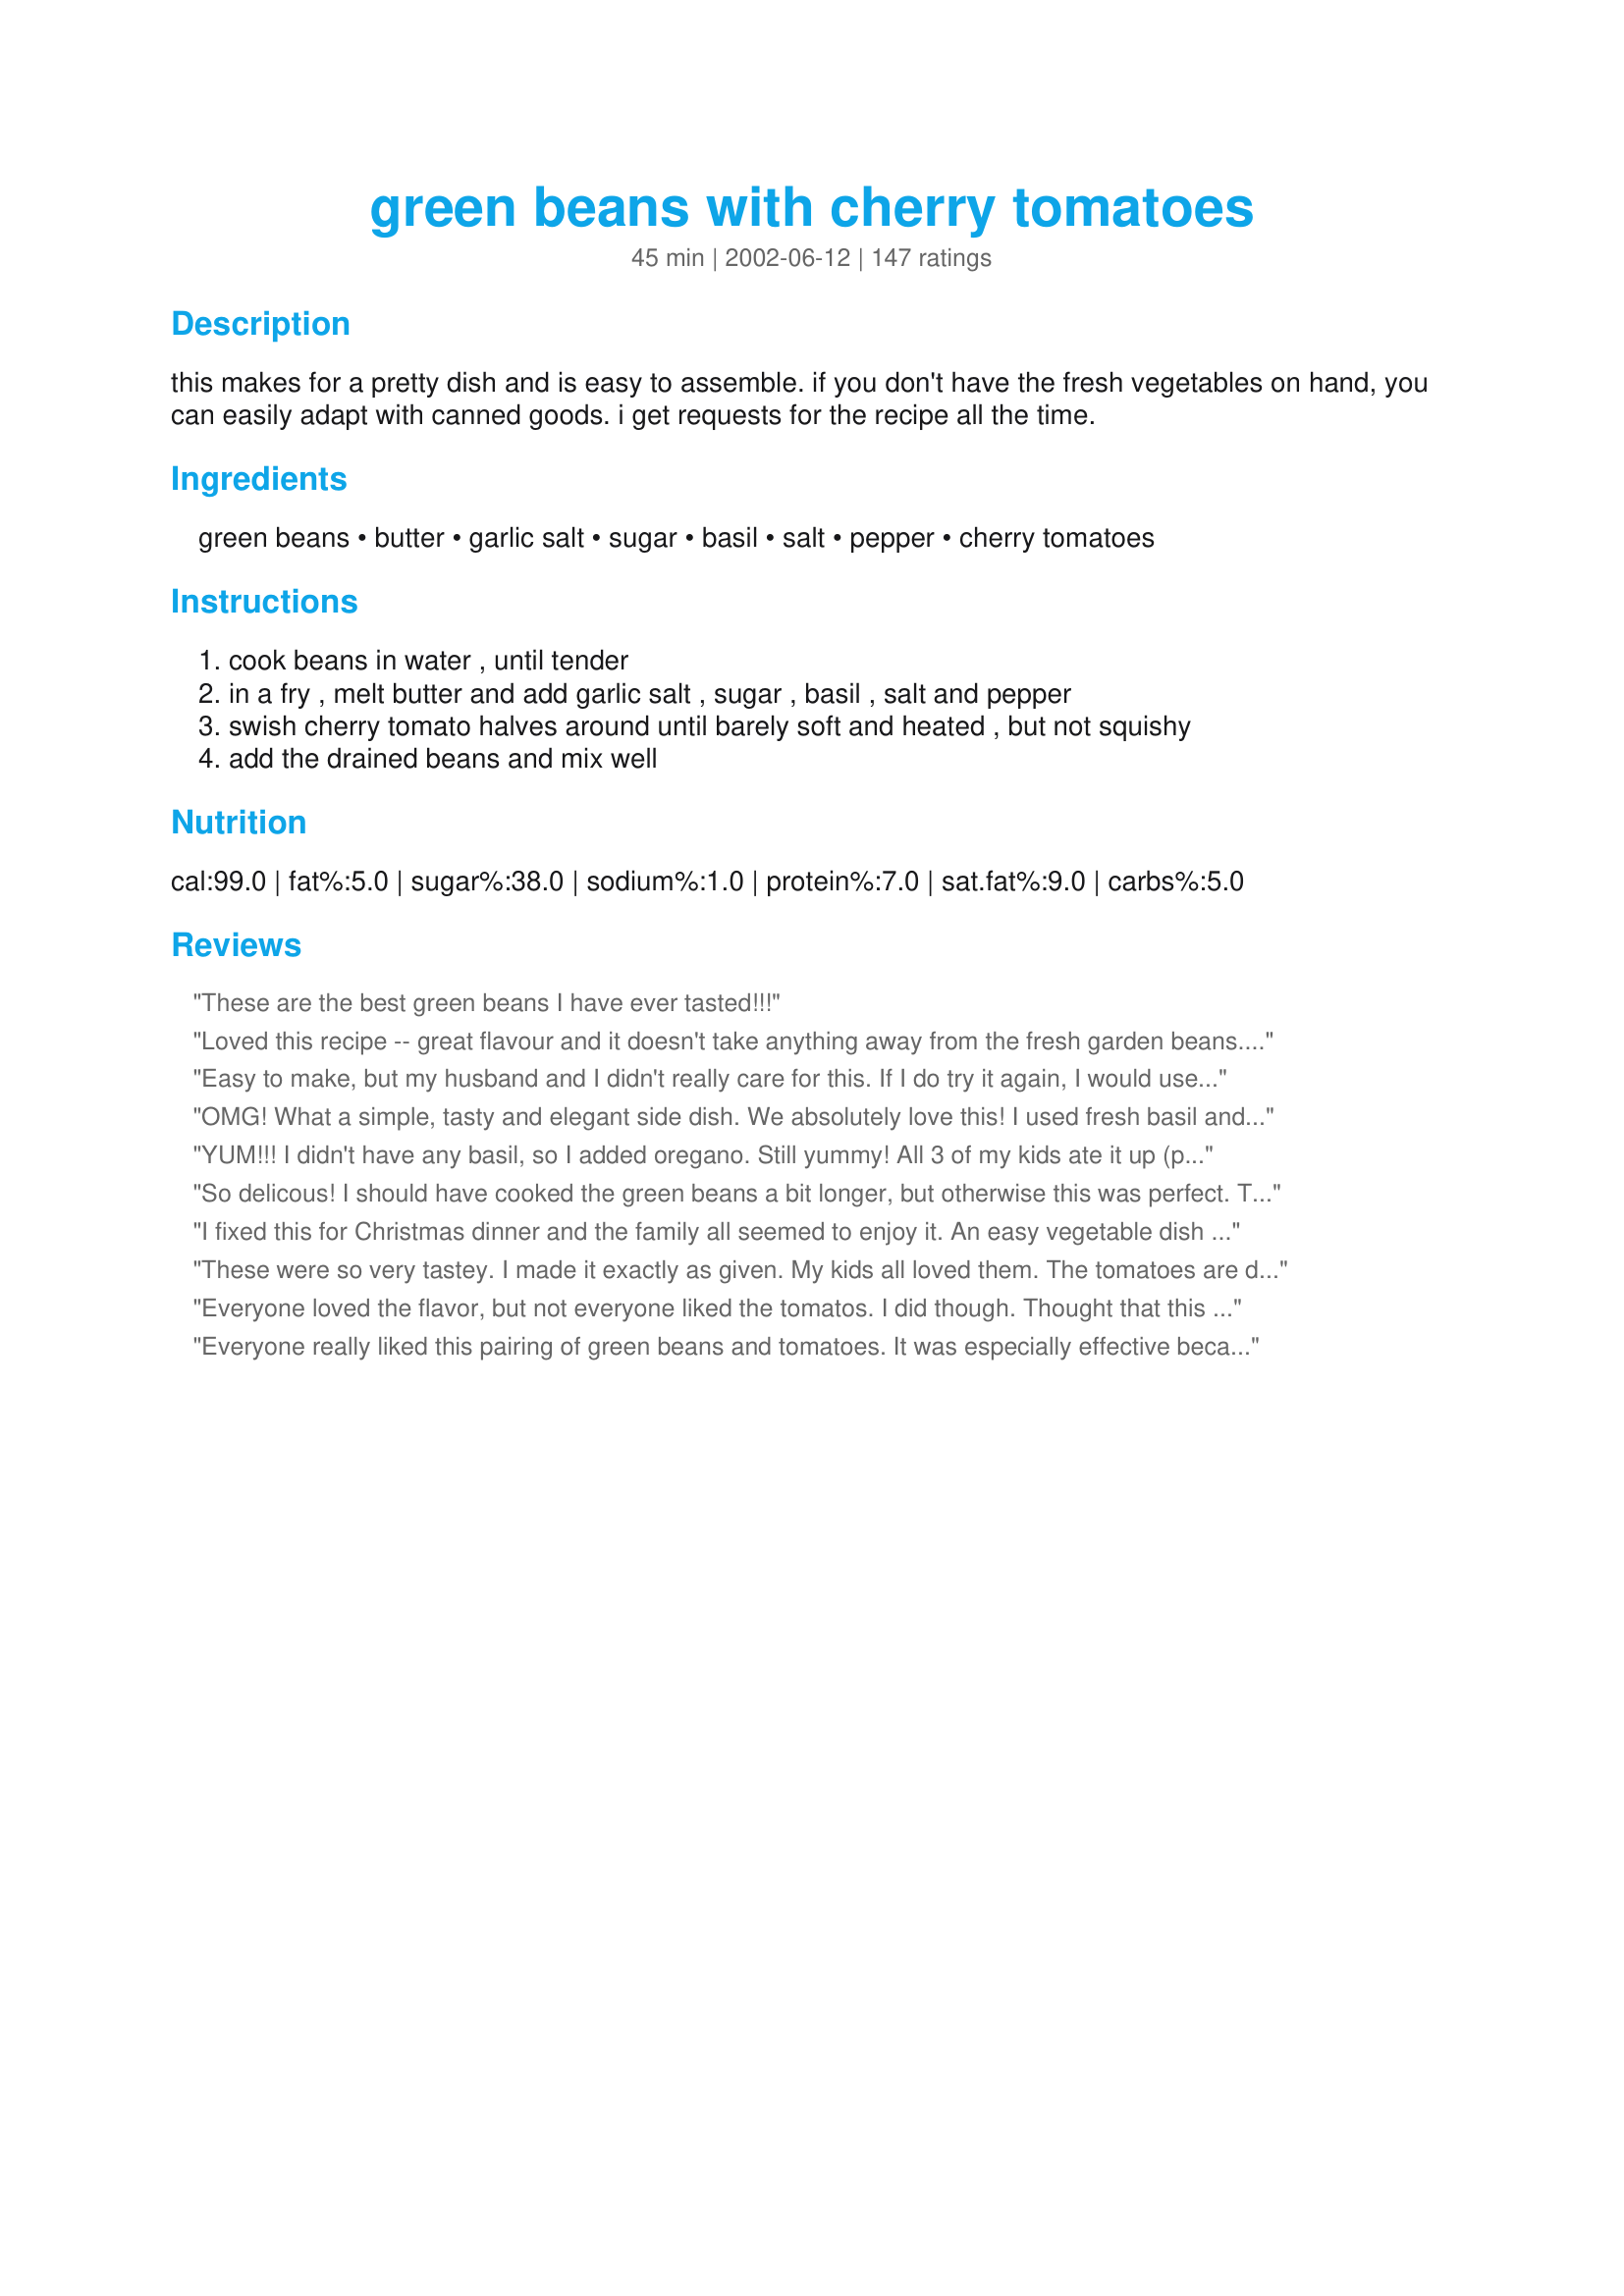
green beans with cherry tomatoes
Preparation time: 45 minutes

this makes for a pretty dish and is easy to assemble. if you don't have the fresh vegetables on hand, you can easily adapt with canned goods. i get requests for the recipe all the time.

Ingredients:
green beans, butter, garlic salt, sugar, basil, salt, pepper, cherry tomatoes

Steps:
cook beans in water , until tender, in a fry , melt butter and add garlic salt , sugar , basil , salt and pepper, swish cherry tomato halves around until barely soft and heated , but not squishy, add the drained beans and mix well

Reviews:
These are the best green beans I have ever tasted!!!
Loved this recipe -- great flavour and it doesn't take anything away from the fresh garden beans. Will be repeating this one often.
Easy to make, but my husband and I didn't really care for this. If I do try it again, I would use garlic powder instead of garlic salt for a little more garlic flavor since you add salt to taste anyway. Thanks.
OMG! What a simple, tasty and elegant side dish. We absolutely love this! I used fresh basil and minced garlic. I'll be making this often.
YUM!!! I didn't have any basil, so I added oregano. Still yummy! All 3 of my kids ate it up (probably because of the bit of sweetness)! Thanks so much.
So delicous! I should have cooked the green beans a bit longer, but otherwise this was perfect. The seasonings are perfect, and they mesh well with the green beans and the tomatoes. Great recipe, thank you for posting!
I fixed this for Christmas dinner and the family all seemed to enjoy it. An easy vegetable dish to prepare. I will use a little less sugar next time as I thought it was a little too sweet.
These were so very tastey. I made it exactly as given. My kids all loved them. The tomatoes are definately eye appealing but the kids don't like them in it. The seasoning are unique and so easy to throw together. Thanks for the great recipe.
Everyone loved the flavor, but not everyone liked the tomatos. I did though. Thought that this recipe was great. I will make it again with tomatos for me and without for everyone else.
Everyone really liked this pairing of green beans and tomatoes. It was especially effective because I made this in December--everyone thought it was festive even though I had not thought about that when choosing the recipe!
Easy based on stuff in freezer/cupboards, and we both liked it. Next step: reducing butter and sugar if possible.
I just made these for dinner tonight with the last of the fresh green beans and sherry tomatoes i will probably see in Minnesota this season. A perfect blend of savory and slightly sweet and could it be any more simple to make I steamed the beans rather than boiling them and they were done to perfection. Even my sister who swore off tomatoes when she was 2 thought these were a hit. A definate repeat in our house. I served them with a chicken casserole and fruit salad. A simple but wonderful meal.
This was a great recipe. If you use grape tomatoes instead of cherry I suggest cutting the sugar in half; it will be way to sweet otherwise.
OMG,this is the best recipe for green beans. Thank you so much. I don't usually give 5 star reviews,this recipe is superb, delicious,I didn't need to change a thing. I now love green beans and can't wait to make it again.
I make this frequently. I use fresh or frozen green beans and have subbed diced and seeded roma tomatoes for the cherry tomatoes. Everyone loves it. Plus, it is an excellent way to get that variety of color (that the drs recommend) into your diet. Yum!
Used 1/2tsp sugar and olive oil rather than butter on this delicious dish of fresh vegetables. Very attractive.
Seriously,
This is spectacular. I was looking for an easy side to serve several nationalities and children, and this was a hit.
Very good recipe.
Thank you.
Super easy and fast! Very tasty. My daughter said it was like eating at a fancy restaurant! This one's a keeper - thanks!
Great recipe! I made this for a dinner party and again for Christmas--the colours are perfect!

Easy to make, you just need to undercook the tomatoes, and I cut back on the sugar (1/2 teaspoon is plenty in my opinion). I used fresh garlic--two small cloves, but you could also use pesto in place of the garlic, basil and salt.
I made this over the holiday. It&#039;s delicious and simple enough for everyday! I used all fresh ingredients and will be switching out butter for a vegan friendly option going forward. Loved it!
This dish is delicious. I used a combination of fresh and canned green beans. Everyone enjoyed this, inlcuding one very picky eater. Served it with fresh tuna steaks. Thanks, Merlot!
I've made this twice now - once using canned stewed tomatoes, and once using fresh cherry tomatoes. Both variations turned out great, but we actually liked the canned tomatoes best. They created more of a sauce, and were a bit more sweet. Delicious either way, and a new staple at our house!
A very pretty side dish, and tasty though we did find it a bit on the sweet side. Next time I'll cut back on the sugar and definitely use real garlic as opposed to garlic salt. Thanks for posting !
Made this on Wed. and it was GREAT my son loved the tomatoes and ate some of the beans (all of which were fresh picked). He says the beans were ok, but that's pretty high praise from Sam.
Wonderful eye appealing tasty recipe. I cooked the beans aladente placed them in an oven proof dish cut the tomatoes in half, placed them with the beans - dotted with butter, used roasted garlic, dry basil and 30 minutes before serving popped them in a 350F oven - perfect, renjoyedvery much Thanks Merlot this is a do again for Company recipe err and just for us too
This wasn't bad. The taste was pretty sugary, which is good. With dinner, maybe a little too sugary. I would probably make this for a picnic not dinner again. 
One recommendation: put the green beans in sooner than later. I waited for the tomatoes to get soft, but after I added the beans and let them heat up, some tomatoes got destroyed.
I found these really really good, due to a no salt diet in one guest, i used garlic powder instead of salt and i had to substitute thyme for basil
This is a wonderful recipe! It's so easy to prepare and the finished product is so pretty. The flavors blend nicely and nothing is overpowering. Other than the facts that I used frozen french cut beans and Roma tomatoes, I followed the recipe. I think that I'll take this for my lunch tomorrow. :) Thank you for this recipe! (I wish that I had seen this recipe before Christmas - it would have looked nice on the table!).
This was fantastic! And its so simple I&#039;m almost embarrassed that I needed a recipe to do it. My family has never polished off a dish of green beans like that.
Delicious........love this recipe..best green beans I ever had !!!!!!!!
Very, very good. I used agave instead of sugar and it was still yummy.
you deffantly dont need 45 min this will b done in @ 15 with all garden fresh food
Wow, this a great dish!!! I couldn't believe how simple it was to make and how delicious it was to eat!!! I will be using this recipe for years to come.
This was delicious! Didn&#039;t change a thing!
Wow - these were great!!! and such a gorgeous presentation. Green beans have never been my favorite, but sure will be making these again. I used frozen â€œvery fineâ€� green beans and grape tomatoes (looked so much better than the cherry tomatoes in the store) and half the sugar and even the ones who donâ€™t like green beans had seconds. Canâ€™t wait to use fresh from the garden this summer. Thanks so much for a great go to veggie recipe.
I only used a small bit of butter and barely any salt. It was still good.
What a suprise. I loved this. The guys didn't care for it , but then they aren't big on veggie dishes.
Awesome green beans and so easy to make if using canned beans. I used a 28 ounce can of cut green beans and we loved them. Perfect seasoning that tastes great plus smells very good! Thinking of making these for the holidays instead of our stand by of green bean casserole. Made and reviewed for Kittencal's <br/>TOMATO-LICIOUS IS HERE !!! September's Photo Event
Super easy to prepare and delicious! I steam fresh green beans in the microwave (~ 4 minutes, until crisp tender) then add to the fry pan. Great combination of ingredients and the contrasting red/green colors are what make this side dish stand out. Thanks Merlot!!
I was surprised I liked this so much! Just the right amount of sweetness and garlic. I used garlic powder instead of salt and roma tomatoes. I used from the garden canned green beans. Fabulous! Thanks so much for a recipe I will make many times!
Friends had us over for dinner and prepared this recipe, and it was delicious!!! I'll be making it myself for sure. Thanks, Merlot!
I love the color of this dish. My kids didn't like the sweetness of it, but my husband has already requested that I make it again. Thanks very much.
We really enjoyed this dish. I did have the fresh green beans but no cherry tomatoes. I took your advice Chef Merlot and used a can of stewed tomatoes which I drained first before adding to the skillet. Thank you. This recipe is definitely a keeper.
I tried rating this earlier, but I do not think that it worked. I'll try again. I made this to accompany our wedding anniversary dinner and we loved it. I followed it exactly and will not change a thing in the future. I loved the presentation of this dish, it was a special occasion after all and I wanted the food to taste great and look pretty. Thanks Merlot for another keeper!
Great recipe. I used olive oil instead of butter and frozen green beans instead of fresh. I didn't have any fresh. The whole family enjoyed the beans. Will try fresh basil from my garden this summer.
I liked this side dish - it was different a fun way to combine green beans and tomatoes. Instead of using garlic salt, I used a homemade garlic/salt/pepper combo and fresh basil instead of dried. I might cut back the sugar just a tiny bit but it was good with the full amount too.
Absolutely awesome. Really delicious. I left out the sugar as it seems a few people did from these posts and added sliced white onion. After frying I topped the dish with Crazins for a bitter sweet taste which added color and variety. Two thumbs up. -photo included-
This was simply DELICIOUS!!! I did not have fresh basil so used dry, but I know using fresh will add extra flavor. I also added sliced portobella mushrooms.
This was fabulous. The flavors blended so well together. I used fresh beans, fresh basil & fresh tomatoes. I found it to be almost sinful that something so healthy could be so good!!!! DH whoofed alot down, which makes me feel very happy, because he's very bad about eating his vegs. Thanks Merlot for this tasty side dish.
Quick, easy and a new go to side for my future dinners. In the summer when beans and tomatoes are in season, and fresh basil is abundant, this is going to be sooooo gooood!!! Thanks for sharing.
This was a really great side dish for us tonight. My husband wanted more and was highly disappointed when I told him that there wasn't anymore. I think this would be fabulous with an Italian meal. I paired it with Picnic Chicken and Suddenly salad and it was delicious. Thank you Merlot!
Add me to the long list of people who love this recipe! Very easy to put together, and quick to the table. I did use canned veggies, but, sure didn't hurt anything. Served it with Baked Chicken Breasts and baked taters, and it made a really nice dinner.
Thanks for sharing a great side, Merlot...We enjoyed very much!
Laudee
I had some beans I got from the farmer&#039;s market that I needed to use up. I used a little extra butter and garlic because I had more beans than called for. I also used a natural sugar substitute. They were great. Even my picky DD said &quot;You need to save this recipe!&quot; Served with Grilled Chicken.
An excellent and easy side dish - thanks for posting!
Thought they were wonderful. The family said they were great and would like them again soon. What a great way to use up cherry tomatoes in the summer.
These were so wonderful. I made ngethem exactly as written and wouldn't change one thing. I would have never thought of using beans and tomatoes together. Thank you.
Such an easy recipe that uses ingredients I always have on hand and it tastes delicious. I used one can of green beans, drained and rinsed and sliced some grape tomatoes in half then followed the directions as written. Thanks for sharing your recipe Merlot!
Excellent recipe. Everybite was eaten. My DH had thirds! I didn't have any cherry tomatoes but i had some romas out of the garden, I cut them in eigths and when i sauteed them they fell apart pretty quickly but the flavor was excellent. Will definitely use cherry or grape tomatoes next time for texture and appearance.
Very easy and tasty! Nice presentation. I used both fresh beans and tomatoes, and the result was very good. Nice side dish for summer barbecues.
Great side dish! I used grape tomatoes instead of cherry. I did half a recipe but should have done the same amount of butter and seasonings. :) Thanks, Merlot, for the recipe!!
Easy and tasty. Nice way to use the end of season tomatoes. Perfect light , bright side to go with heavy holiday dinner. Will make again for sure.
Made the recipe with fresh green beans & fresh tomatoes. It was easy, colorful and very flavorful! It was a huge hit with my husband and 5 kids. This will definitely be a recipe that will become a regular in my kitchen!
This has got to be the ultimate green bean recipe. Great eye appeal and so very easy to prepare but with an abundance of flavor. I did cut back on the sugar just a touch. Another winner Merlot. Thanks!
Tastes great and looks beautiful!
I had a surplus of cherry tomatoes this year, and tried this recipe. WOW. They not only make a wonderful presentation, they are delish! Thank you Merlot!
Great way to use fresh summer produce! I liked it, but thought it was a little too sweet for my taste. I would probably skip the sugar next time. Otherwise, it tastes like summer!
Merlot, these are so very tasty. I had fresh green beans and cherry tomatoes growing in my garden so this was the perfect recipe. We like our beans quite crunchy so I zapped them in the microwave until just tender. Fabulous recipe, thank you for posting.
It's a keeper!
I used 2 cloves fresh pressed garlic, substituted Splenda for the sugar, 1/2t dried basil for fresh(it's late winter here) and used 3/4lb fresh green beans. I'm not sure how many pints 2c of tomatoes are, but 2c are what I used. Excellent!
Really nice flavor and such a pretty dish. I used fresh green beans and a can of diced tomatoes.
Can't wait to try it when my own tomotoes are ripe!
Sooooo Goooood!!!!!!!!!!!
Had fresh green beans. basil and cherry tomatoes in the garden! Great combo of flavors! (I added a little parmesean on my plate and really liked the addition) Miss talking to you Merlot but keep those recipes coming! I use yours SO much!
We just loved this dish! I made it tonight to go along side of your Sauteed Chicken breast (recipe#31532) the two complimented perfectly..I was lucky to find lovely fresh green beans in my grocery store. I used fresh garlic instead of garlic powder. Another winner Merlot, thanks so much for posting, we enjoyed this, and I will make it again, next time with the green beans from my garden!...Kitten :)
I make something similar w/ green beans and tomatoes but a different seasoning (oregano, EVOO). I was a bit tentative to try this because of the sugar, so I followed other suggestions and reduced the amount of sugar a bit. It was not as tasty as I had hoped for. I really wanted to love it as so many other Zaars do. Sorry.
Never was much of a green bean fan until I gave this a try!!! Now I can't wait until my cherry tomatoes and beans are ready. I could make a meal out of this stuff. Won't eat beans any other way!! Thanks !!
Sorry, didn't much like the flavor & texture combo
I made these last night. I loved them! They taste very fresh and adding just a bit of sugar and warming the cherry tomatoes is amazing.
DH's favorite veggies are green beans and tomatoes ( I know they are really a fruit) so he was one happy person. We will make these again and again. I steamed the fresh green beans over chicken broth rather than cooking in water. Thanks for sharing this recipe.
I made this for the first time and it came out fairly well. Very festive looking and fresh (I used fresh green beans). I used garlic powder instead of garlic salt (didn't have any on hand). I also used dried basil and mixed it all up with some penne pasta and locatelli grated cheese. Overall, I would suggest adding measurements for salt and cutting the green beans into bite size pieces.
Easy and quick to make, pretty to look at and tastes fabulous; what else is there? I will be trying this with other green veggies! Edit: I have made this repeatedly using both fresh and canned beans as well as fresh and dried basil. It's always well-liked.
yuuum! I used fresh green beans!
I made this as directed. I made it again and substitued Mrs. Dash for the basil, which is more suited to my taste. It was tasty the first time but excellent the second time. I also used plum tomatoes and peeled them first, then diced them.
I liked this recipe and will make it again. I used garlic powder instead of garlic salt since it says to add salt later and the dish turned out fine. The one thing I would change, would be to add the sugar after the beans are added. When the sugar was added with the other herb and spice, it hardened into little balls so no spice was on the beans which was rather odd. So that's the reason I gave this recipe 4 stars instead of 5. Other than that, this was a good, easy recipe.
Very tasty. Due to what I had on hand, made with canned green beans and vine ripened tomatoes cut into large chunks. It was fast and easy. I think I was a little heavy on the sugar so I will measure more carefully next time since it was just a tad on the sweet side but really good none the less. Can't wait to try with fresh beans and cherry tomatoes!
Very Good!!! Another recipe to add to the monthly menus. The tomatoes added such a zip to the green beads! I added onion and used chopped garlic since Husband likes onion and I like fresh garlic. Thanks so much!
Excellent!
We picked a bunch of fresh green beans this past weekend. I have been waiting for fresh ones just so I could try out this recipe. Merlot, this recipe is outstanding. We really enjoyed the change of pace in flavor and I am certain they were more healthy for us than cooked with bacon as I usually do. I followed your recipe exactly except that I used the little grape sized tomatoes since that is what we had on hand. Delicious green beans!

Yum!
Merlot, thank you for pointing me to this recipe. I fixed it last night for company. We all thought it was delicious. And it was so easy to prepare. (This recipe reminds me of one that I have posted for scallops and cherry tomatoes.) Thank you so much!
This is a wonderful way to serve green beans. The only change I made was to use fresh garlic as I had some on hand. I used fresh beans and tomatoes and am looking forward to the summer when I can use home-grown vegetables from my garden for this winning recipe. Thanks for posting Merlot!
Excellent and refreshing!!
This was great, how could it not be with a chef with the handle Merlot. Used fresh garlic and sauted it in step 2. The market had no cherry tomatoes so I used the recommended canned stewed tomatoe. It was great but I'll bet even better with fresh. My wife loved it and commented that I was finally learning to use color in my cooking. I have been trying to please the eyes as well as aroma and taste. Thanks for the help Merlot a great post. Chef Roy.
These were a hit at Christmas dinner! Everyone loved the recipe and the color looked beautiful on the table. Thanks for sharing your recipe with us!
This was a great quick and easy side dish. It looked beautiful and the spice combination was perfect. I used frozen green beans and grape tomatoes--I can't wait to try it with fresh garden veggies. I make green beans often and this will definitely go into the rotation. Thanks for a terrific recipe Merlot.
Oh my goodness....these are to die for....I too added some balsamic vinegar and used splenda instead of sugar....now we have a new favorite green bean recipe...
I agree with all the reviews, this is super! The ultimate test was my husband, who doesn't like tomatoes... he said it was VERY good!!
DH wanted green beans with dinner and this looked so pretty I decided to try it. I used fresh green beans, but canned stewed tomatoes as that's what I had. Pretty simple, I used fresh garlic and then followed as directed. Very nice and enjoyed by both me and DH. Thanks so much for posting.
This was a great side dish! I do not expect my son to eat his beans, so when he finished these off, I was shocked! The basil and garlic was not too over powering (because of the sugar?) Yet the flavors all came together to enhanse the flavor of the tomatoes??? I am still not sure why these beans tasted so good to my son, or to myself. I will have to repeat this recipe many times to figure it out I guess.
Delicious! Loved this recipe! Didn't have but one can of green beans, so I added a can of drained corn. Worked out great! Will make again.
I have made these several times and we all love them. They add a lot of color to the plate as well.
I followed this recipe to the tee except I used 2 tablespoons of butter, this dish tastes so sweet and the basil gives it a very good aromatic flavor. My bf said this is definitely a keeper and I have got to agree, pretty and tasty. Thanks again Merlot for another gr8 recipe
I have never loved a recipe enough to leave a review...but this recipe is outstanding! I made it for a BBQ and everyone gobbled them up. I didn't even add the sugar. I made it again the next day I loved it so much. Thank-you for a delicious go-to recipe.
Lovely to look at, lovely to eat! I used fresh garlic instead of garlic salt and substituted olive oil for the butter, since I have cholesterol issues. Otherwise, I made the recipe as written and we thoroughly enjoyed it.
Wonderful! If you have a child who will not eat his/her veggies, this is your recipe. My 3 yr old refuses to eat any green vegetables...NOT anymore! He loves these green beans!! Thank you, thank you, thank you for this simple, yet great, recipe!
Yummy and quick way to cook green beans. Makes a really nice side dish for company dinner. I used canned french beans and it cut the cooking time down to about 10 minutes. I liked the amount of sugar used, but I also added additional amounts of the other spices. I used fresh garlic and basil, and this had a really nice light taste.
Delicious and easy! I used frozen green beans that I heated up per package directions. The veggie hating hubs enjoyed these and I loved them. If you're using frozen, just remember to drain the beans after you heat them, before adding the seasoned tomatoes, or the excess water will keep all that goodness from sticking to the veggies. Learn from my mistake! ;) Also, I never keep garlic salt so I made my own mixture of 3:1 salt to garlic powder. If you're halving this recipe, it works out perfectly to 3 (1/8 teaspoons) of salt and 1 (1/8 teaspoon) garlic powder.
This was easy and yummy. I cooked the beans for 3 mins, because we like them crunchy. It was a very good way to include more veggies in our diet. I shall have to try it with tinned tomatoes.
Pretty good (for veggies), easy, and quick. I was eating alone tonight and cooked my chicken while the green beans were boiling then I used half the pan to stir up the beans and tomatoes.
What a pretty and yummy dish. I'll be making this again. Thanks for posting.
Really nice and easy recipe. I added extra garlic. I used frozen beans.
1 tbsp sugar? Way too much sugar for my taste. Served it to a group of people, and everyone agreed that there was too much sugar. If you cut back on the sugar, it would probably be much much better.
I was looking for a lighter, simpler green bean recipe to use instead of the heavy, rich green bean casserole we traditionally make during the holidays. This one sounded interesting and we gave it try. So glad i did! Wonderful, flavorful beans! Plus, the red tomatoes and green beans make this a beautiful dish for Christmas! The ever so slightly sweet, basil coating was fantastic! Served these beans yesteday at a family, Christmas gathering and everyone loved these. Folks expected steamed green beans but were so pleasantly surprised by the delicious flavor. This will be added to our list of regular standbys. Thanks for sharing!
We all really liked this. Even my brother-in-law said he liked it, and he hates green beans! And like everyone says, it looked really pretty too. =) Thanks!
I used splenda, light butter, and fresh garlic...OH MY!!!!!!
Great recipe, sweet and tasty!
I want to like vegetables I really do but for me it is a bit of a stretch. This recipe is good enough that I had seconds. I used fresh green beans that were blanched and fresh basil. The seasonings were just right. This is so pretty on the plate. I served it with brown rice and a chicken. Thank you!
Even with canned green beans this recipe was a hit. Can't wait to try it with fresh beans. The addition of the cherry tomatoes really adds to the eye appeal of this dish.
This was easy and delicious. I made this for a party and everyone loved it! I served it with italian food and it was the perfect veggie dish. Thanks!
I made this last night and used roma tomatoes, as they are really in their prime here at the moment and I also used fresh garlic, just 1 clove. I think I may have had more than 1/2 teaspoon of basil as I don't measure it. Will be something I will do time and again.
This was fabulously tasty and easy! I used fresh green beans and that seemed to make a real difference! I didn't have garlic salt so I used garlic powder instead. The combination of butter, sugar, basil and garlic is quite outstanding, and perfect for tomatoes and beans. This makes 4 really generous servings, but even so, this recipe is guaranteed to be gobbled whole... it's really exceptional. Thanks Merlot, this one will be a regular!
I make this ALL the time. So easy, so tasty and so beautiful.
Thanks, Merlot, for this wonderful recipe. I always have trouble with side dishes but this one was so colorful and the spices and tomatos really jazzed it up!
Really pretty, with a great flavor. The only change I made was to cut down a little on the sugar.
Pleasure for eye and mouth! Simple side that makes any meal pleasantly colorful, tasty and healthy. Prepares in no time at all and really is delicious, more than just the sum of its ingredients! Little balsamic vinegar can be added.
I make this all the time now. Between the flavors and the colors it is a perfect side dish for most main dishes. I often just cut up a ripe tomato instead of using cherries and I've used frozen green beans as well, always to great results, thanks!
These were great. Had my first pick from the garden and wanted something different. This was right on. Nothing better than fresh vegies from the garden. Thanks for posting
What a great, light green bean dish! Perfect side dish for heavy meals. I could actually just eat a bowl of this and be happy! I boiled the green beans (in batches since I doubled it), added the ingredients to the fry pan, stirred a little bit, threw in the halved cherry tomatoes and any juice, swished around, then folded in the green beans. There is not a lot of sauce, but it's enough to coat the beans and give them a great flavor. Then I repeated it, threw the whole thing in a bowl and it stayed warm until the turkey was carved. Thank you!
Sooooo delicious!! I omitted the tomatoes but the green beans were great all on their own.
I wasn't sure whether this would be all that good, even with all the ratings. Well, now I believe. This was absolutely delicious. I didn't use all of of it up the first nite, and warmed the leftovers the next nite, and it was even better if that's possible.

I did use Splenda, and I substituted canned beans and canned stewed tomatoes, because I had them on hand. The only thing I'll change the next time is to double up everything but the canned tomatoes. Thanks, Merlot, for a new weekly recipe.
this is a winner! I did tweak a few things, however. I fried and chopped 2 strips of bacon. I added an extra TB of butter. I used 2 cloves of finely chopped garlic and omitted the garlic salt I couldn't find fresh beans so i used frozen.
Very yummy! I don't think I put enough salt and basil (I used pinches instead of measuring!) in it though but that was my fault! I used fresh minced garlic instead of the garlic salt and it was a good side dish to my hot and sour soup with rice!
Great flavor, and such a pretty dish! I'm not usually a fan of fresh green vegetables (er, I know, it's a shame) but these were delicious.
I really liked the flavor of this dish. The sweetness is a nice incentive to get my family to eat their veggies and the basil and garlic add nice spice so the sugar isn't overwhelming. I did have to add a tad bit more butter before adding the tomatoes because the sugar and spices did end up in large clumps for some reason. Other than that small problem, I consider this a winner because I didn't have to beg anyone to eat their vegetables! I used grape tomatoes and Green Giant fresh cut whole green beans. My family picked around the tomatoes, but I expected that! As for me, I cleaned up all the leftover beans and tomatoes.
I made this with fresh beans and grape tomatoes. I made it the day before and served it as a cold side dish. I like hot and cold dishes served on the same plate!! This was really good and I will be doing this again. Be great served cold at a BBQ. Thanks for the post Merlot.
I decided to make this for our Christmas Day dinner and the family loved it. I did use canned green beans but the fresh tomatoes, garlic, basil and butter and yes - sugar?!?! made for a delightful fresh bright flavor. It was perfect side dish to all the heavy dishes that normally accompany the ham. I can't wait to try this again with fresh green beans! Thanks for a wonderful, quick dish we'll be making often!
YUM!! Just made this tonight for Father's Day. We all loved it. I made it with baked tilapia and brown rice. Thank you for an easy and yummy recipe.
These were fantastic!! I cooked the beans in a little chicken stock before frying - and the whole thing was very tasty indeed! The basic/garlic/sugar really creates a wonderful flavour. I will be making these again soon!
What a great tasting recipe,I loved the cherry tomatoes in it,and I did use canned green beans,but I like canned green beans so it was a real treat to me.Loved this,and it was very eye-appealing.
Thanks Darlene
Really flavorful - I used blanched, frozen green beans from my mother-in-law's farm and they tasted really fresh and not too soft. The tomatoes added a nice acidic touch to the sweetness of the beans and the garlic and basil really added a lot of flavor.
This recipe is a real winner, Merlot. The combination of sweet and savory is a wonderful blend of flavors. The visual appeal is a huge plus. I made it as posted with fresh green beans, cherry tomatoes and fresh basil. Thanks for sharing this super recipe!
Oh my gosh! These beans are so great. I have been looking for a recipe for fresh green beans and this is it. My daughter ate about 1/2 pound by herself. I have already made them twice in one week. Thanks for posting!
LOVE, LOVE this! made it tons of times. I use fresh garlic and adds lots of fresh basil right at end.
This was really wonderful. Made it exactly as written, except that I used grape tomatoes instead of cherry tomatoes. Didn't have garlic salt, so I used garlic powder and salt combined. I absolutely loved this, and will make it a regular recipe in my rotation. Thanks for posting this!
very easy to make and was gone in seconds yum
I loved the flavor of this dish and it looks beautiful on the table. I only added a half teaspoon of sugar, as I was afraid it would be too sweet for our tastes, and it was just perfect. Great recipe, thanks for posting!
What an impressive and great tasting side dish. So appealing and tastes terrific. Made this with garden fresh vegetables and throughly enjoyed. Definitely on the menu for upcoming long weekend in September! Thank you Merlot.
AWESOME!!! I agree with all the other reviewers.
I have been making this quite a bit with produce from the garden. I use fresh green beans, grape tomatoes, basil, and garlic. The fresh garlic and basil really add a punch. I use Splenda, and only half the amount called for. I think if you use tomatoes from the garden you may want to cut the sugar. Delicious, and DH likes it too.
